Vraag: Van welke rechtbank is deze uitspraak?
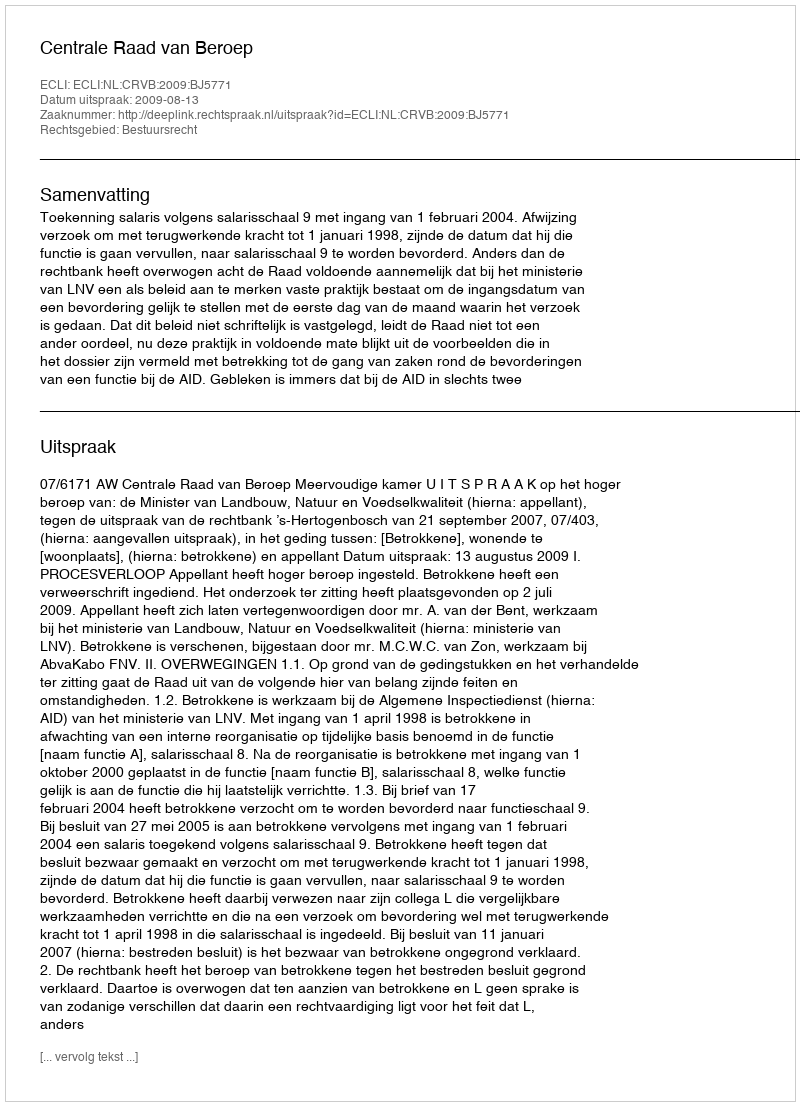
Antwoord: Centrale Raad van Beroep